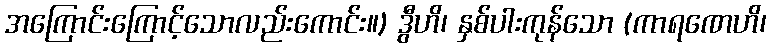
အကြောင်းကြောင့်သောလည်းကောင်း။) ဒွီဟိ၊ နှစ်ပါးကုန်သော (ကာရဏေဟိ၊